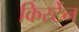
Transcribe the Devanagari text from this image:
किर्स्टेन